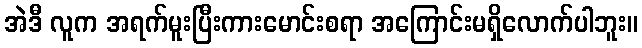
အဲဒီ လူက အရက်မူးပြီးကားမောင်းစရာ အကြောင်းမရှိလောက်ပါဘူး။